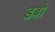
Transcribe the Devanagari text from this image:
डबो